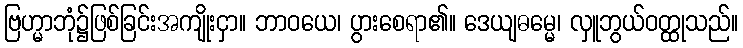
ဗြဟ္မာဘုံ၌ဖြစ်ခြင်းအကျိုးငှာ။ ဘာဝယေ၊ ပွားစေရာ၏။ ဒေယျဓမ္မေ၊ လှူဘွယ်ဝတ္ထုသည်။